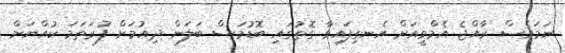
ނަމަވެސް ރާއްޖެ އެމްވީއަށް އެނގިފައިވާ ގޮތުގައި ބޮޑުމަސް ބަލަން ދިއުމަށް ފުރަތަމަ ކުއްޔަށް